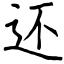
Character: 还